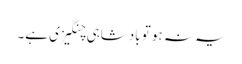
یہ نہ ہو تو بادشاہی چنگیزی ہے۔